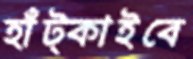
হাঁট্‌কাইবে